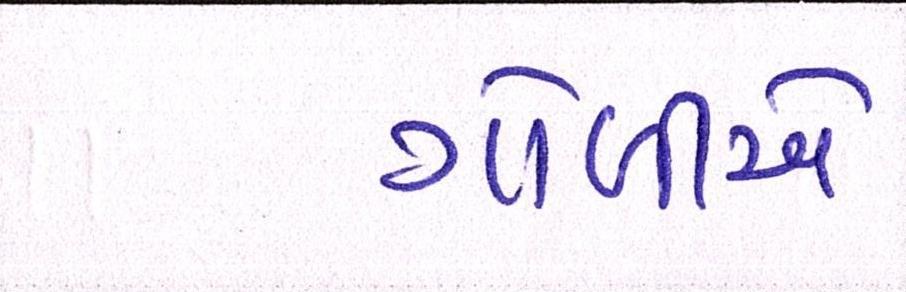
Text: ગોળીએ